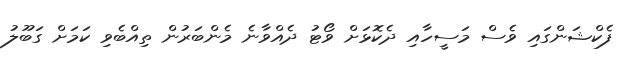
ފެކްޝަންގައި ވެސް މަސީހާއި ދެކޮޅަށް ވޯޓު ދެއްވާނެ މެންބަރުން ތިއްބެވި ކަމަށް ގަބޫލު